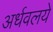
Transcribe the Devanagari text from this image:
अर्धवलये